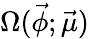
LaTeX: \Omega(\vec{\phi};\vec{\mu})